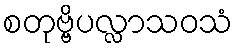
စတုဗ္ဗိပလ္လာသဝသံ